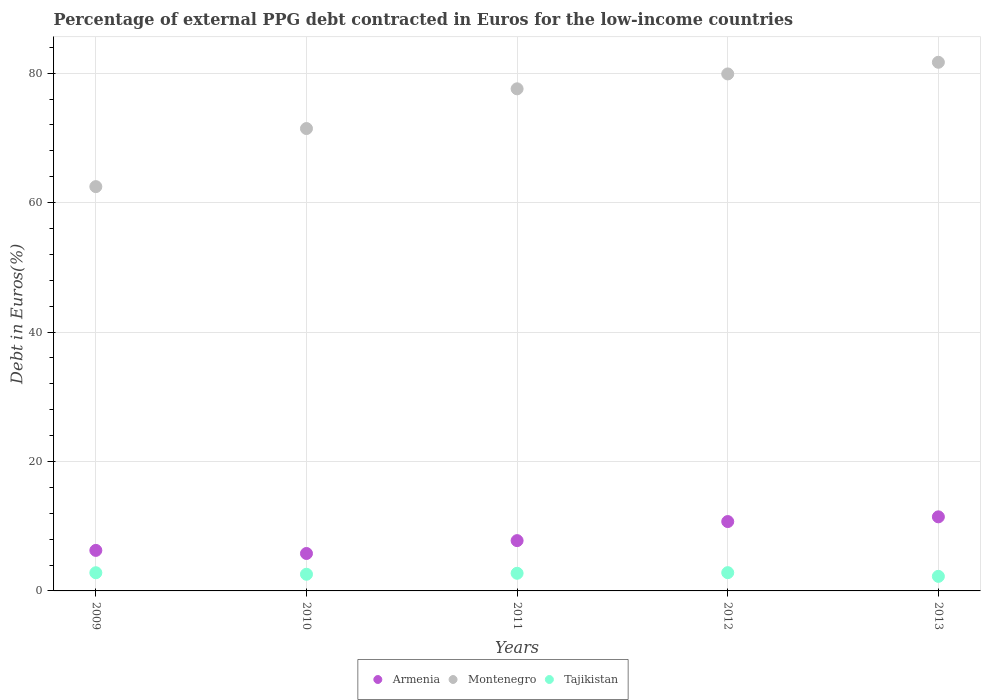
| Years | Armenia | Montenegro | Tajikistan |
 | --- | --- | --- | --- |
 | 2009 | 6.26 | 62.5 | 2.81 |
 | 2010 | 5.78 | 71.4 | 2.58 |
 | 2011 | 7.77 | 77.6 | 2.73 |
 | 2012 | 10.7 | 79.9 | 2.82 |
 | 2013 | 11.4 | 81.7 | 2.25 |